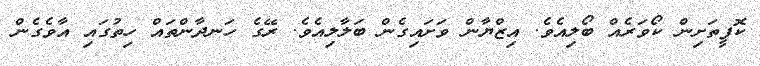
ކޮފީތަށިން ކޯވަރެއް ބޯލިއެވެ. އިޒްޔާން ވަށައިގެން ބަލާލިއެވެ. ރޭގެ ހަނދާންތައް ހިތުގައި އާވެގެން